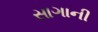
સાગાની